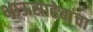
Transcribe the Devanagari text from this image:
भाऊसाहेबांचा